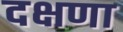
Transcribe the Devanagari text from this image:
दक्षणा